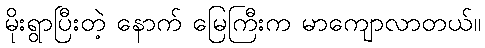
မိုးရွာပြီးတဲ့ နောက် မြေကြီးက မာကျောလာတယ်။